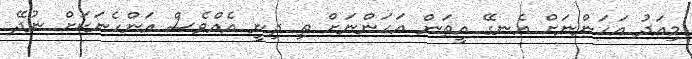
މިއަދު އަހަންނަށް އެނގޭ އީތަން އަހަންނަށް ތި ދިނީ އެއްވެސް އަންހެނަކަށް ނުދޭ